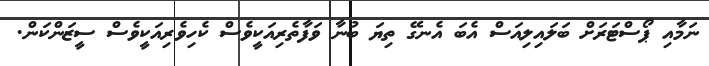
ނަމާއި ޕޯސްޓަރަށް ބަލައިލިއަސް އެބަ އެނގޭ ތިޔަ ބުނާ ވަފާތެެރިއަކީވެސް ކެހިވެރިއަކީވެސް ސީޒަންކަން.